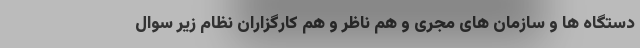
دستگاه ها و سازمان های مجری و هم ناظر و هم کارگزاران نظام زیر سوال